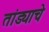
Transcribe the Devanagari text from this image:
तांड्याचे